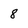
Character: 8